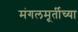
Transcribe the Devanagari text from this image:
मंगलमूर्तीच्या